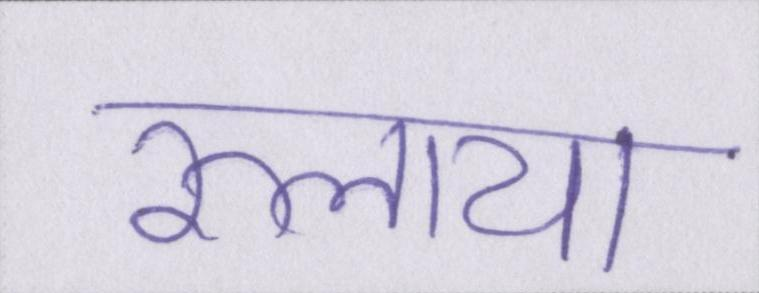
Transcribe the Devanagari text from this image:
रुलाया